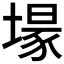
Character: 𮰬